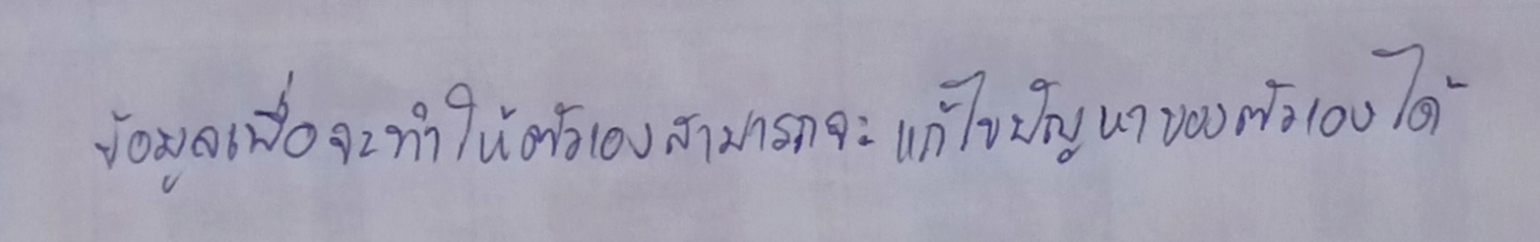
ข้อมูลเพื่อจะทำให้ตัวเองสามารถจะแก้ไขปัญหาของตัวเองได้